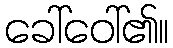
ခေါ်ဝေါ်၏။